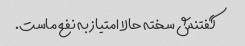
گفتنش سخته حالا امتیاز به نفع ماست.